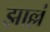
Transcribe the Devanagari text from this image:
झाल्लं